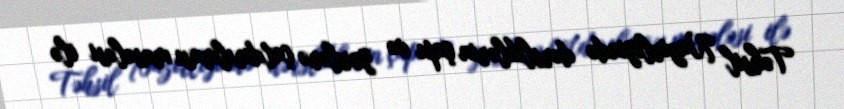
Təhsil Nazirliyində dərsliklərin çapı və yerlərə çatdırılması məsələsi ilə